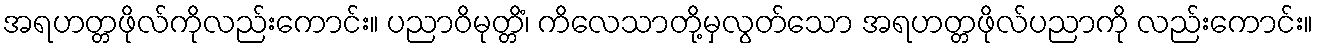
အရဟတ္တဖိုလ်ကိုလည်းကောင်း။ ပညာဝိမုတ္တိံ၊ ကိလေသာတို့မှလွတ်သော အရဟတ္တဖိုလ်ပညာကို လည်းကောင်း။